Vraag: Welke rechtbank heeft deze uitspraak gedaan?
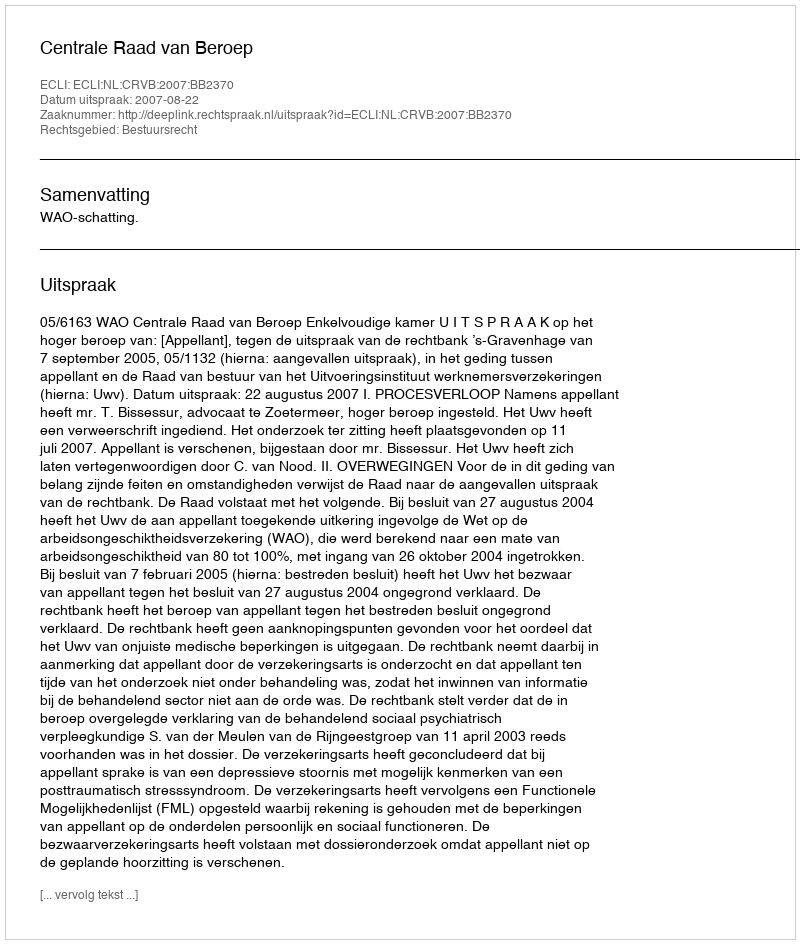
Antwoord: Centrale Raad van Beroep